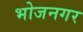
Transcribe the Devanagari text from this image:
भोजनगर